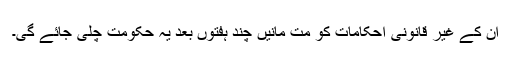
ان کے غیر قانونی احکامات کو مت مانیں چند ہفتوں بعد یہ حکومت چلی جائے گی۔